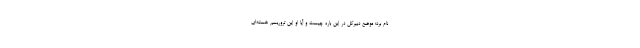
نام برد؛ موضع دبیرکل در این باره چیست و آیا او این تروریسم هسته‌ای